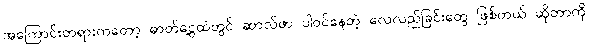
အကြောင်းတရားကတော့ ဓာတ်ငွေ့ထဲတွင် ဆာလ်ဖာ ပါဝင်နေတဲ့ လေလည်ခြင်းတွေ ဖြစ်တယ် ဆိုတာကို